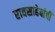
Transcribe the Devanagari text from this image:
रावसाहेबांचीं